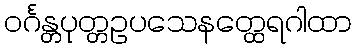
ဝင်္ဂန္တပုတ္တဥပသေနတ္ထေရဂါထာ